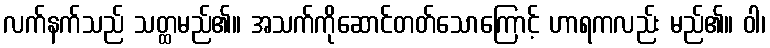
လက်နက်သည် သတ္ထမည်၏။ အသက်ကိုဆောင်တတ်သောကြောင့် ဟာရကလည်း မည်၏။ ဝါ၊